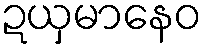
ဍယှမာနေဝ